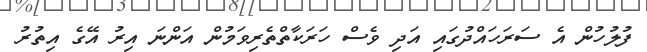
ފުލުހުން އެ ސަރަހައްދުގައި އަދި ވެސް ހަރަކާތްތެރިވަމުން އަންނަ އިރު އޭގެ އިތުރު